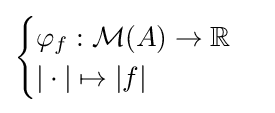
{\begin{cases}\varphi _{f}:{\mathcal {M}}(A)\to \mathbb {R} \\|\cdot |\mapsto |f|\end{cases}}